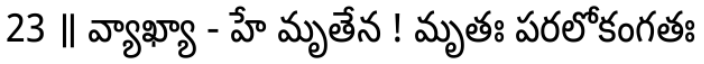
23 ॥ వ్యాఖ్యా - హే మృతేన ! మృతః పరలోకంగతః